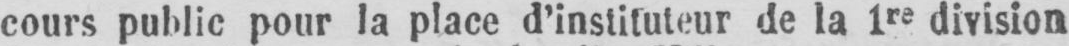
cours public pour la place d’instituteur de la 1re division